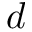
d